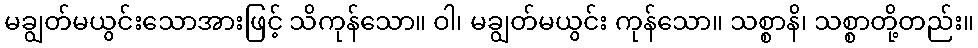
မချွတ်မယွင်းသောအားဖြင့် သိကုန်သော။ ဝါ၊ မချွတ်မယွင်း ကုန်သော။ သစ္စာနိ၊ သစ္စာတို့တည်း။